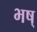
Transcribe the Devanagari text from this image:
भष्